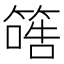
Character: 𥱠